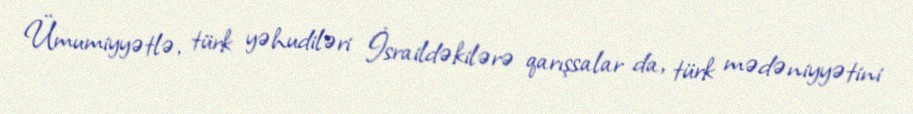
Ümumiyyətlə, türk yəhudiləri İsraildəkilərə qarışsalar da, türk mədəniyyətini